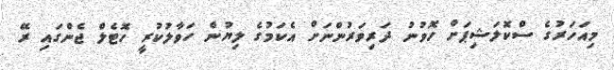
މިއަހަރުގެ ސްކޮލަޝިޕަށް ހޮވުނު ދަރިވަރުންނަށް އެކަމުގެ ލިޔުން ހަވާލުކުރީ ހޮޓެލް ޖެންގައި ރޭ